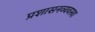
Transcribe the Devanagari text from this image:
प्रशासनव्यवस्था